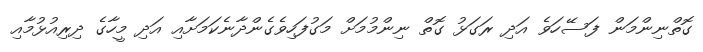
ގޮތްނިންމަން ފަސޭހަވެ އަދި ރަގަޅު ގޮތް ނިންމުމަށް މަގުފަހިވެގެންދާނެކަމަށާއި އަދި މީހާގެ ދިރިއުޅުމާއި